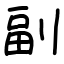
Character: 副